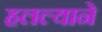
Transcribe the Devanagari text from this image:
हलल्याने